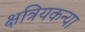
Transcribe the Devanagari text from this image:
क्षत्रियकन्या